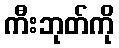
ကီးဘုတ်ကို